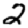
Digit: 2